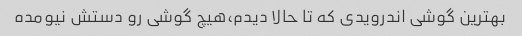
بهترین گوشی اندرویدی که تا حالا دیدم،هیچ گوشی رو دستش نیومده